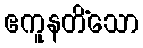
ဧကူနတိံသော